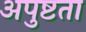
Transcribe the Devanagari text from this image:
अपुष्टता